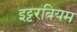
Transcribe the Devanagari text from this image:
इट्टरबियम